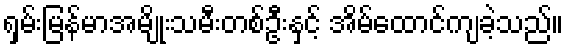
ရှမ်းမြန်မာအမျိုးသမီးတစ်ဦးနှင့် အိမ်ထောင်ကျခဲ့သည်။